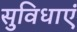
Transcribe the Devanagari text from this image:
सुविधाएं